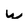
Character: W